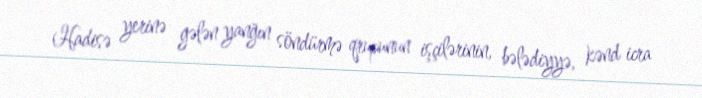
Hadisə yerinə gələn yanğın söndürmə qrupunun işçilərinin, bələdiyyə, kənd icra